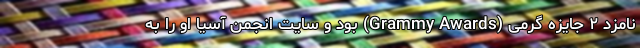
نامزد ۲ جایزه گِرمی (Grammy Awards) بود و سایت انجمن آسیا او را به‌